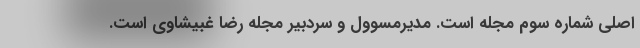
اصلی شماره سوم مجله است. مدیرمسوول و سردبیر مجله رضا غبیشاوی است.